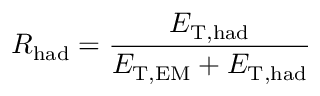
R _ { \mathrm { h a d } } = \frac { E _ { \mathrm { T , h a d } } } { E _ { \mathrm { T , E M } } + E _ { \mathrm { T , h a d } } }